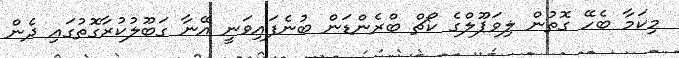
މިކަމާ ބެހޭ ގޮތުން ލިވަޕޫލްގެ ކޯޗް ބްރެންޑަން ބުނެފައިވަނީ އޭނާ ގަބޫލުކުރާގޮތުގައި ދެން